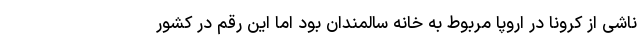
ناشی از کرونا در اروپا مربوط به خانه سالمندان بود اما این رقم در کشور